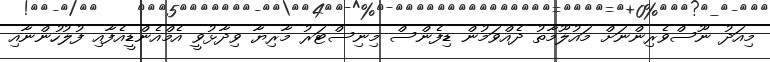
މިއަދު ނޫސްވެރިންނަށް މައުލޫމާތު ދެއްވަމުން ޑިފެންސް މިިނިސްޓަރު މާރިޔާ ވިދާޅުވީ އެމްއެންޑީއެފާއި ފުލުހުންނާއި